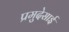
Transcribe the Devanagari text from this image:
प्रमुदेसाई